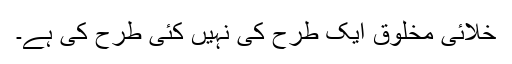
خلائی مخلوق ایک طرح کی نہیں کئی طرح کی ہے۔